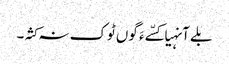
بلے آنہیا کسّے ءَ گوں ٹوک نہ کثہ۔